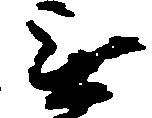
無